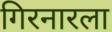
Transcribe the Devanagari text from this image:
गिरनारला